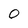
Character: O